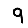
Digit: 9